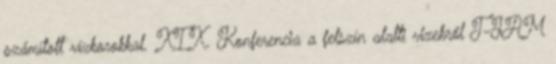
számított vízkorokkal. XIX. Konferencia a felszín alatti vizekről T-JAM